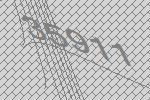
35911